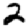
Digit: 2